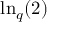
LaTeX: { \mathrm { l n } } _ { q } ( 2 )